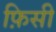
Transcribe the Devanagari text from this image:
फ़िसी